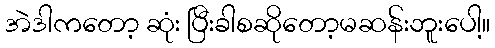
အဲဒါကတော့ ဆုံး ပြီးခါစဆိုတော့မဆန်းဘူးပေါ့။